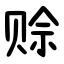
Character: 赊